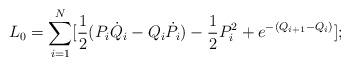
LaTeX: \begin{align*}L_0=\sum_{i=1}^{N} [{1 \over 2}(P_i{\dot Q}_i-Q_i{\dot P}_i)-{1 \over2}P_i^2+{e^{-(Q_{i+1}-Q_i)}}];\end{align*}